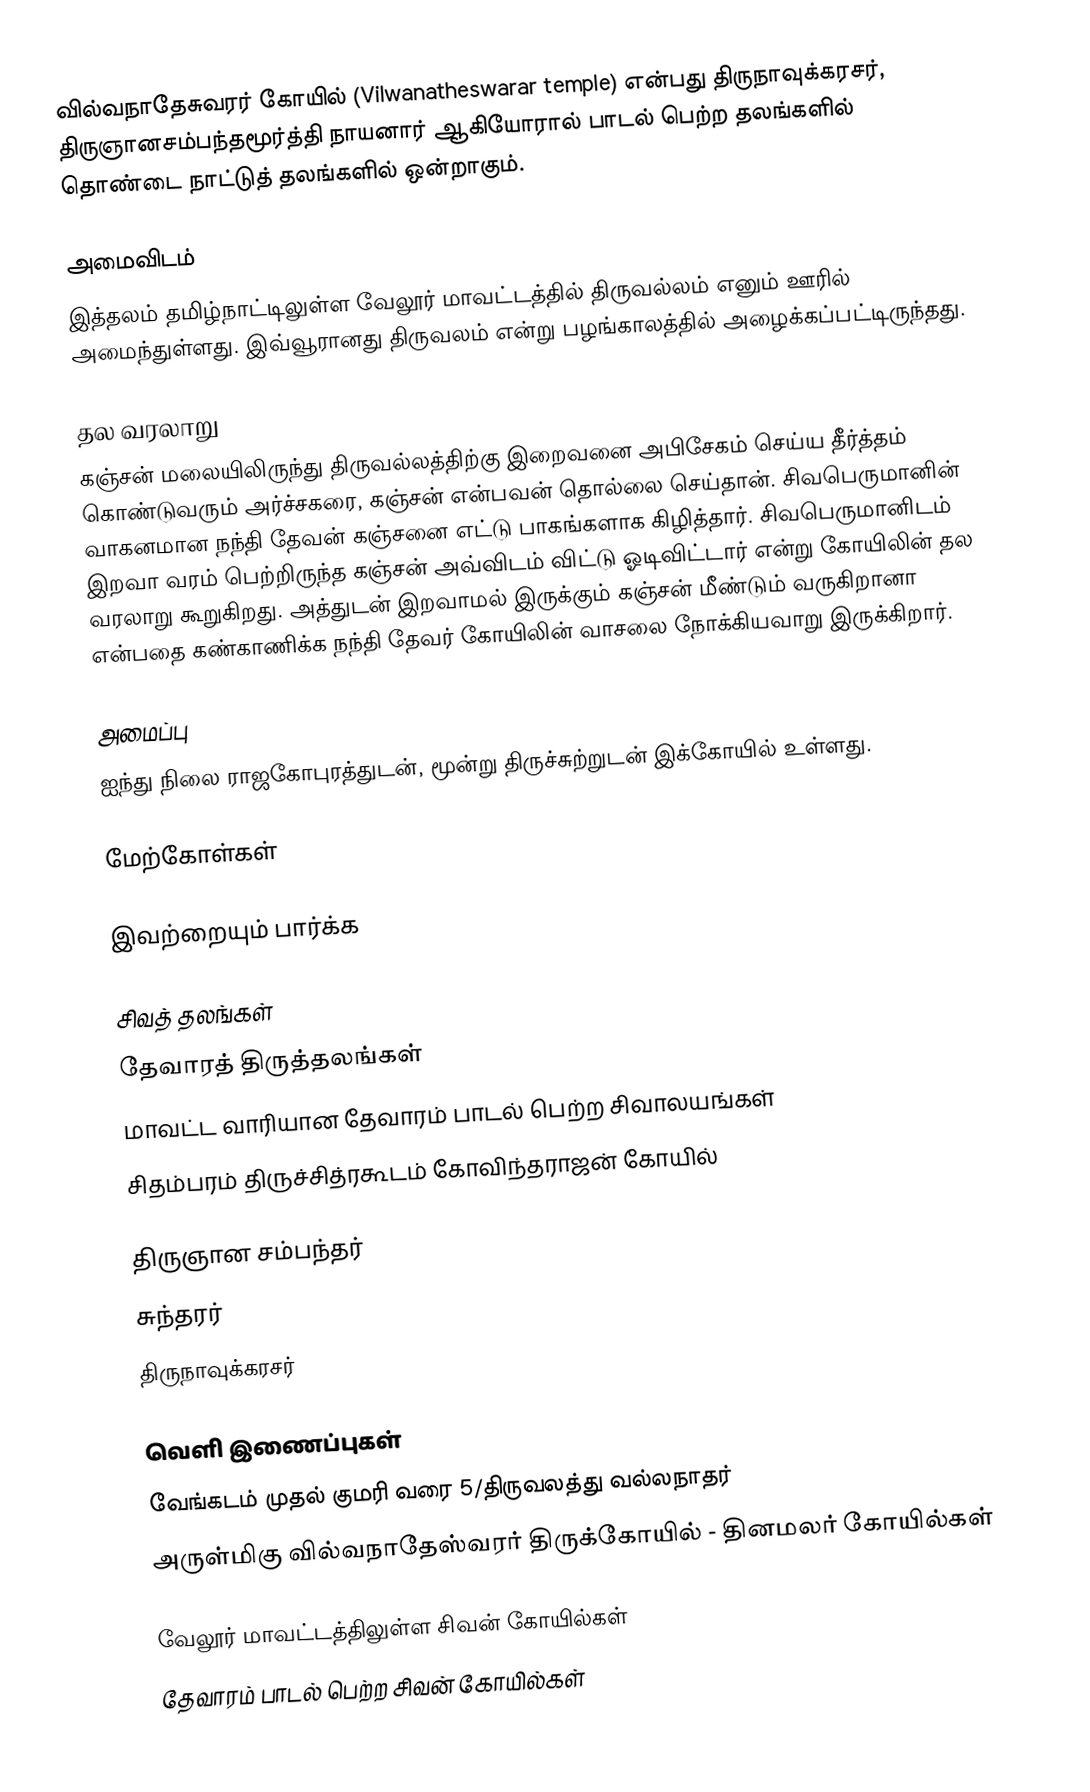
வில்வநாதேசுவரர் கோயில் (Vilwanatheswarar temple) என்பது திருநாவுக்கரசர், திருஞானசம்பந்தமூர்த்தி நாயனார் ஆகியோரால்  பாடல் பெற்ற தலங்களில் தொண்டை நாட்டுத் தலங்களில் ஒன்றாகும்.

அமைவிடம்
இத்தலம் தமிழ்நாட்டிலுள்ள வேலூர் மாவட்டத்தில் திருவல்லம் எனும் ஊரில் அமைந்துள்ளது. இவ்வூரானது திருவலம் என்று பழங்காலத்தில் அழைக்கப்பட்டிருந்தது.

தல வரலாறு
கஞ்சன் மலையிலிருந்து திருவல்லத்திற்கு இறைவனை அபிசேகம் செய்ய தீர்த்தம் கொண்டுவரும் அர்ச்சகரை, கஞ்சன் என்பவன் தொல்லை செய்தான்.  சிவபெருமானின் வாகனமான நந்தி தேவன் கஞ்சனை எட்டு பாகங்களாக கிழித்தார். சிவபெருமானிடம் இறவா வரம் பெற்றிருந்த கஞ்சன் அவ்விடம் விட்டு ஓடிவிட்டார் என்று கோயிலின் தல வரலாறு கூறுகிறது. அத்துடன் இறவாமல் இருக்கும் கஞ்சன் மீண்டும் வருகிறானா என்பதை கண்காணிக்க நந்தி தேவர் கோயிலின் வாசலை நோக்கியவாறு இருக்கிறார்.

அமைப்பு
ஐந்து நிலை ராஜகோபுரத்துடன், மூன்று திருச்சுற்றுடன் இக்கோயில் உள்ளது.

மேற்கோள்கள்

இவற்றையும் பார்க்க

 சிவத் தலங்கள்
 தேவாரத் திருத்தலங்கள்
 மாவட்ட வாரியான தேவாரம் பாடல் பெற்ற சிவாலயங்கள்
 சிதம்பரம் திருச்சித்ரகூடம் கோவிந்தராஜன் கோயில்

 திருஞான சம்பந்தர்
 சுந்தரர்
 திருநாவுக்கரசர்

வெளி இணைப்புகள்
வேங்கடம் முதல் குமரி வரை 5/திருவலத்து வல்லநாதர்
அருள்மிகு வில்வநாதேஸ்வரர் திருக்கோயில் - தினமலர் கோயில்கள்

வேலூர் மாவட்டத்திலுள்ள சிவன் கோயில்கள்
தேவாரம் பாடல் பெற்ற சிவன் கோயில்கள்